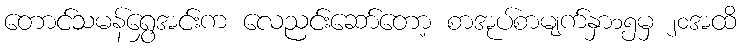
တောင်သမန်ရွှေအင်းက လေညင်းဆော်တော့ စာအုပ်စာမျက်နှာ၁၅မှ ၂၀အထိ